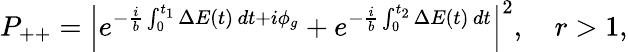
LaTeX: P_{++}=\Big\vert e^{-\frac{i}{b}\int_{0}^{t_{1}}\Delta E(t)\, dt+i\phi_{g}}+e^{-\frac{i}{b}\int_{0}^{t_{2}}\Delta E(t)\, dt}\Big\vert^{2},\quad r>1,